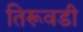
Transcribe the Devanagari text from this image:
तिरूवडी